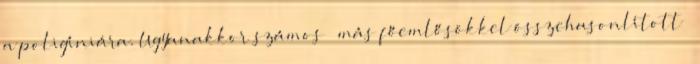
a poligíniára. Ugyanakkor számos – más főemlősökkel összehasonlított –